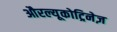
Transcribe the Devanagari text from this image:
औरल्यूकोट्रिनेज़